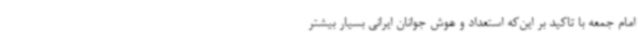
امام جمعه با تاکید بر این‌که استعداد و هوش جوانان ایرانی بسیار بیشتر